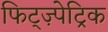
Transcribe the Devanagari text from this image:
फिट्ज़्पेट्रिक